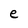
Character: e